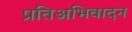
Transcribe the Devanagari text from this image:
प्रतिअभिवादन